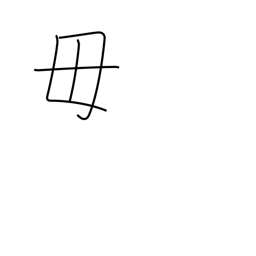
Meaning: be not